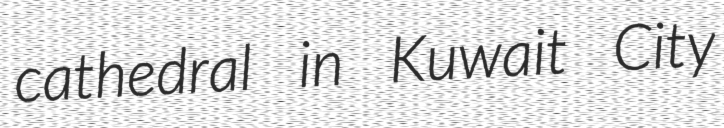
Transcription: cathedral in Kuwait City